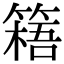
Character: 𥲐